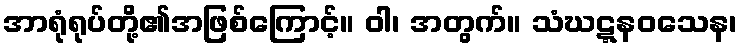
အာရုံရုပ်တို့၏အဖြစ်ကြောင့်။ ဝါ၊ အတွက်။ သံဃဋ္ဋနဝသေန၊